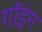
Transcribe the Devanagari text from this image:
गॉइंग